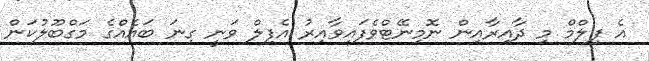
އެ ފިލްމް މި ދާއިރާއިން ނޮމިނޭޓްވެފައިވާއިރު އެފިލް ވަނީ ގިނަ ބައެއްގެ މަގްބޫލުކަން